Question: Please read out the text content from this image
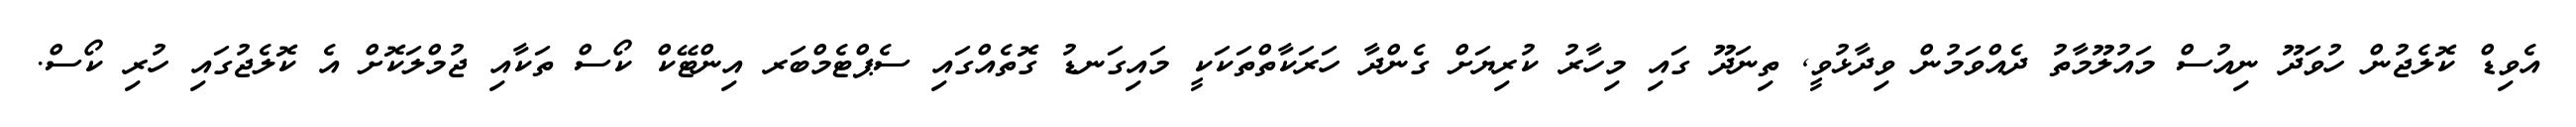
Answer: އެވިޑް ކޮލެޖުން ހުވަދޫ ނިއުސް މައުލޫމާތު ދެއްވަމުން ވިދާޅުވީ, ތިނަދޫ ގައި މިހާރު ކުރިޔަށް ގެންދާ ހަރަކާތްތަކަކީ މައިގަނޑު ގޮތެއްގައި ސެޕްޓެމްބަރ އިންޓޭކް ކޯސް ތަކާއި ޖުމްލަކޮށް އެ ކޮލެޖުގައި ހުރި ކޯސް.